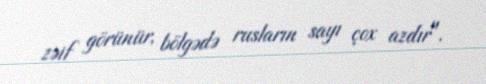
zəif görünür, bölgədə rusların sayı çox azdır".